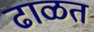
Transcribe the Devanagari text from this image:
ढाळत